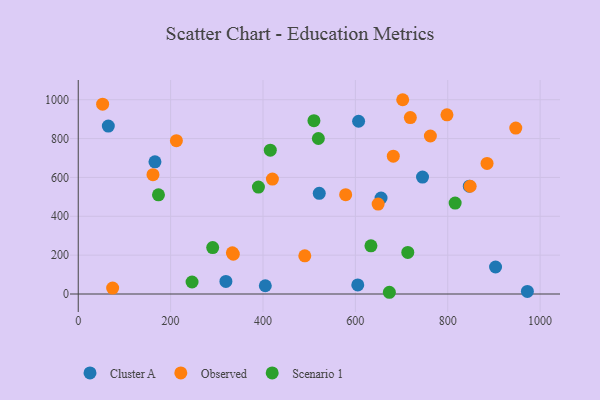
{"axis": {"x": "Speed", "y": "Salary"}, "legend": ["Cluster A", "Observed", "Scenario 1"], "data": [{"x": "319.7", "y": 64.6, "type": "Cluster A"}, {"x": "846.7", "y": 554.8, "type": "Cluster A"}, {"x": "405.0", "y": 42.5, "type": "Cluster A"}, {"x": "745.4", "y": 601.7, "type": "Cluster A"}, {"x": "605.2", "y": 46.5, "type": "Cluster A"}, {"x": "655.6", "y": 494.0, "type": "Cluster A"}, {"x": "521.8", "y": 518.0, "type": "Cluster A"}, {"x": "972.4", "y": 13.1, "type": "Cluster A"}, {"x": "166.1", "y": 680.1, "type": "Cluster A"}, {"x": "903.5", "y": 138.9, "type": "Cluster A"}, {"x": "607.0", "y": 889.0, "type": "Cluster A"}, {"x": "65.1", "y": 864.3, "type": "Cluster A"}, {"x": "762.4", "y": 813.3, "type": "Observed"}, {"x": "848.5", "y": 554.5, "type": "Observed"}, {"x": "490.5", "y": 196.5, "type": "Observed"}, {"x": "947.3", "y": 854.1, "type": "Observed"}, {"x": "719.0", "y": 907.9, "type": "Observed"}, {"x": "161.8", "y": 614.1, "type": "Observed"}, {"x": "798.3", "y": 922.0, "type": "Observed"}, {"x": "212.5", "y": 789.2, "type": "Observed"}, {"x": "885.1", "y": 672.3, "type": "Observed"}, {"x": "649.3", "y": 462.6, "type": "Observed"}, {"x": "420.4", "y": 591.6, "type": "Observed"}, {"x": "52.8", "y": 977.1, "type": "Observed"}, {"x": "702.5", "y": 999.9, "type": "Observed"}, {"x": "333.7", "y": 211.8, "type": "Observed"}, {"x": "74.5", "y": 30.5, "type": "Observed"}, {"x": "335.7", "y": 205.2, "type": "Observed"}, {"x": "579.0", "y": 511.2, "type": "Observed"}, {"x": "682.1", "y": 709.4, "type": "Observed"}, {"x": "510.3", "y": 892.2, "type": "Scenario 1"}, {"x": "816.0", "y": 468.1, "type": "Scenario 1"}, {"x": "713.5", "y": 214.2, "type": "Scenario 1"}, {"x": "246.4", "y": 61.7, "type": "Scenario 1"}, {"x": "519.9", "y": 800.4, "type": "Scenario 1"}, {"x": "415.8", "y": 740.0, "type": "Scenario 1"}, {"x": "173.7", "y": 510.7, "type": "Scenario 1"}, {"x": "291.1", "y": 238.8, "type": "Scenario 1"}, {"x": "390.1", "y": 550.2, "type": "Scenario 1"}, {"x": "673.6", "y": 8.9, "type": "Scenario 1"}, {"x": "633.7", "y": 248.1, "type": "Scenario 1"}]}